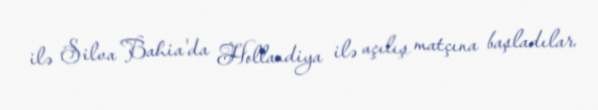
ilə Silva Bahia'da Hollandiya ilə açılış matçına başladılar.